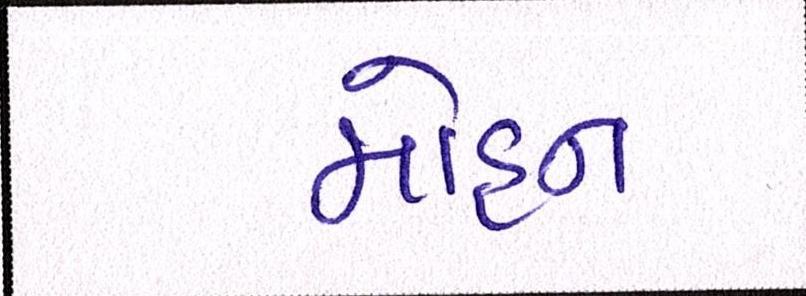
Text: મોહન